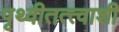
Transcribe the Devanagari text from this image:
पृथ्वीतत्त्वाशी